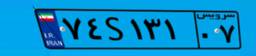
۰۹S۲۸۹۱۶